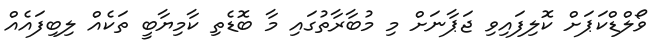
ވޯލްޑްކަޕަށް ކޮލިފައިވި ޖަޕާނަށް މި މުބާރާތުގައި މާ ބޮޑެތި ކާމިޔާބީ ތަކެއް ލިބިފައެއް